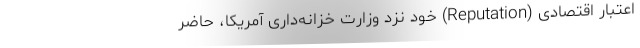
اعتبار اقتصادی (Reputation) خود نزد وزارت خزانه‌داری آمریکا، حاضر